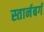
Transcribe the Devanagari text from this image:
स्तार्नबर्ग